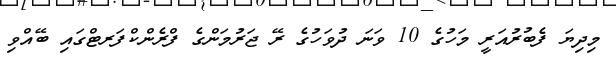
މިދިޔަ ފެބުރުއަރީ މަހުގެ 10 ވަނަ ދުވަހުގެ ރޭ ޖަރުމަންގެ ފްރެންކްފަރޓްގައި ބޭއްވި